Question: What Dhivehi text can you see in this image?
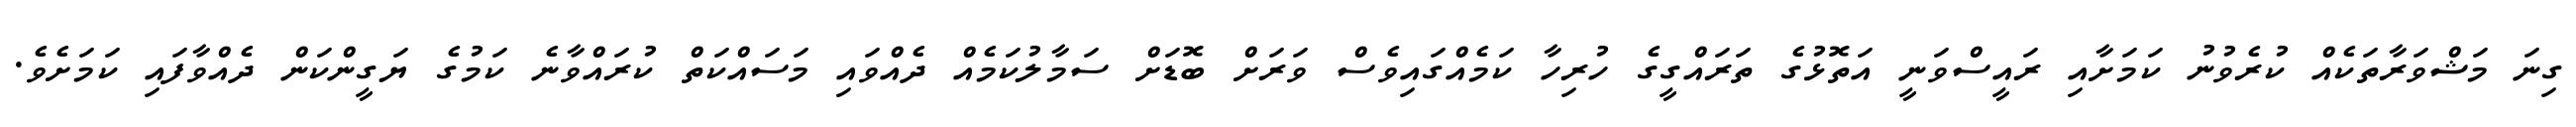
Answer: ގިނަ މަޝްވަރާތަކެއް ކުރެވުނު ކަމަށާއި ރައީސްވަނީ އަތޮޅުގެ ތަރައްގީގެ ހުރިހާ ކަމެއްގައިވެސް ވަރަށް ބޮޑަށް ސަމާލުކަމެއް ދެއްވައި މަސައްކަތް ކުރައްވާނެ ކަމުގެ ޔަގީންކަން ދެއްވާފައި ކަމަށެވެ.